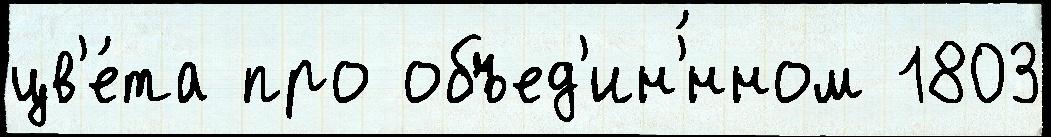
цв'е́та про объед'ин'́нном 1803